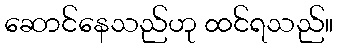
ဆောင်နေသည်ဟု ထင်ရသည်။